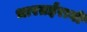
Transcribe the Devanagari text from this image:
भारतईरानी